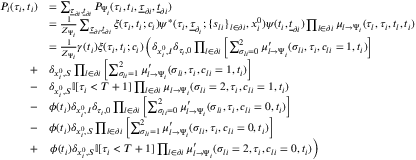
\begin{array} { r } { \begin{array} { r l } { P _ { i } ( \tau _ { i } , t _ { i } ) } & { = \sum _ { \underline { { \tau } } _ { \partial i } , \underline { { t } } _ { \partial i } } P _ { \Psi _ { i } } ( \tau _ { i } , t _ { i } , \underline { { \tau } } _ { \partial i } , \underline { { t } } _ { \partial i } ) } \\ & { = \frac { 1 } { Z _ { \Psi _ { i } } } \sum _ { \underline { { \tau } } _ { \partial i } , \underline { { t } } _ { \partial i } } \xi ( \tau _ { i } , t _ { i } ; c _ { i } ) \psi ^ { * } ( \tau _ { i } , \underline { { \tau } } _ { \partial _ { i } } ; \{ s _ { l i } \} _ { l \in \partial i } , x _ { i } ^ { 0 } ) \psi ( t _ { i } , \underline { { t } } _ { \partial i } ) \prod _ { l \in \partial i } \mu _ { l \to \Psi _ { i } } ( \tau _ { l } , \tau _ { i } , t _ { l } , t _ { i } ) } \\ & { = \frac { 1 } { Z _ { \Psi _ { i } } } \gamma ( t _ { i } ) \xi ( \tau _ { i } , t _ { i } ; c _ { i } ) \left( \delta _ { x _ { i } ^ { 0 } , I } \delta _ { \tau _ { i } , 0 } \prod _ { l \in \partial i } \left[ \sum _ { \sigma _ { l i } = 0 } ^ { 2 } \mu _ { l \to \Psi _ { i } } ^ { \prime } ( \sigma _ { l i } , \tau _ { i } , c _ { l i } = 1 , t _ { i } ) \right] \right. } \\ { + } & { \delta _ { x _ { i } ^ { 0 } , S } \prod _ { l \in \partial i } \left[ \sum _ { \sigma _ { l i } = 1 } ^ { 2 } \mu _ { l \to \Psi _ { i } } ^ { \prime } ( \sigma _ { l i } , \tau _ { i } , c _ { l i } = 1 , t _ { i } ) \right] } \\ { - } & { \delta _ { x _ { i } ^ { 0 } , S } \mathbb { I } [ \tau _ { i } < { T + 1 } ] \prod _ { l \in \partial i } \mu _ { l \to \Psi _ { i } } ( \sigma _ { l i } = 2 , \tau _ { i } , c _ { l i } = 1 , t _ { i } ) } \\ { - } & { \phi ( t _ { i } ) \delta _ { x _ { i } ^ { 0 } , I } \delta _ { \tau _ { i } , 0 } \prod _ { l \in \partial i } \left[ \sum _ { \sigma _ { l i } = 0 } ^ { 2 } \mu _ { l \to \Psi _ { i } } ^ { \prime } ( \sigma _ { l i } , \tau _ { i } , c _ { l i } = 0 , t _ { i } ) \right] } \\ { - } & { \phi ( t _ { i } ) \delta _ { x _ { i } ^ { 0 } , S } \prod _ { l \in \partial i } \left[ \sum _ { \sigma _ { l i } = 1 } ^ { 2 } \mu _ { l \to \Psi _ { i } } ^ { \prime } ( \sigma _ { l i } , \tau _ { i } , c _ { l i } = 0 , t _ { i } ) \right] } \\ { + } & { \left. \phi ( t _ { i } ) \delta _ { x _ { i } ^ { 0 } , S } \mathbb { I } [ \tau _ { i } < { T + 1 } ] \prod _ { l \in \partial i } \mu _ { l \to \Psi _ { i } } ^ { \prime } ( \sigma _ { l i } = 2 , \tau _ { i } , c _ { l i } = 0 , t _ { i } ) \right) } \end{array} } \end{array}